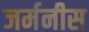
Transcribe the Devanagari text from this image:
जर्मनीस